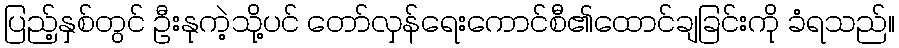
ပြည့်နှစ်တွင် ဦးနုကဲ့သို့ပင် တော်လှန်ရေးကောင်စီ၏ထောင်ချခြင်းကို ခံရသည်။